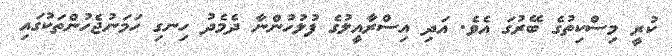
ކުރީ މިސްކިތުގެ ބޭރުގަ އެވެ. އަދި އިސްރާއީލުގެ ފުލުހުންނާ ދެމެދު ހިނގި ހަމަނުޖެހުންތަކުގައި